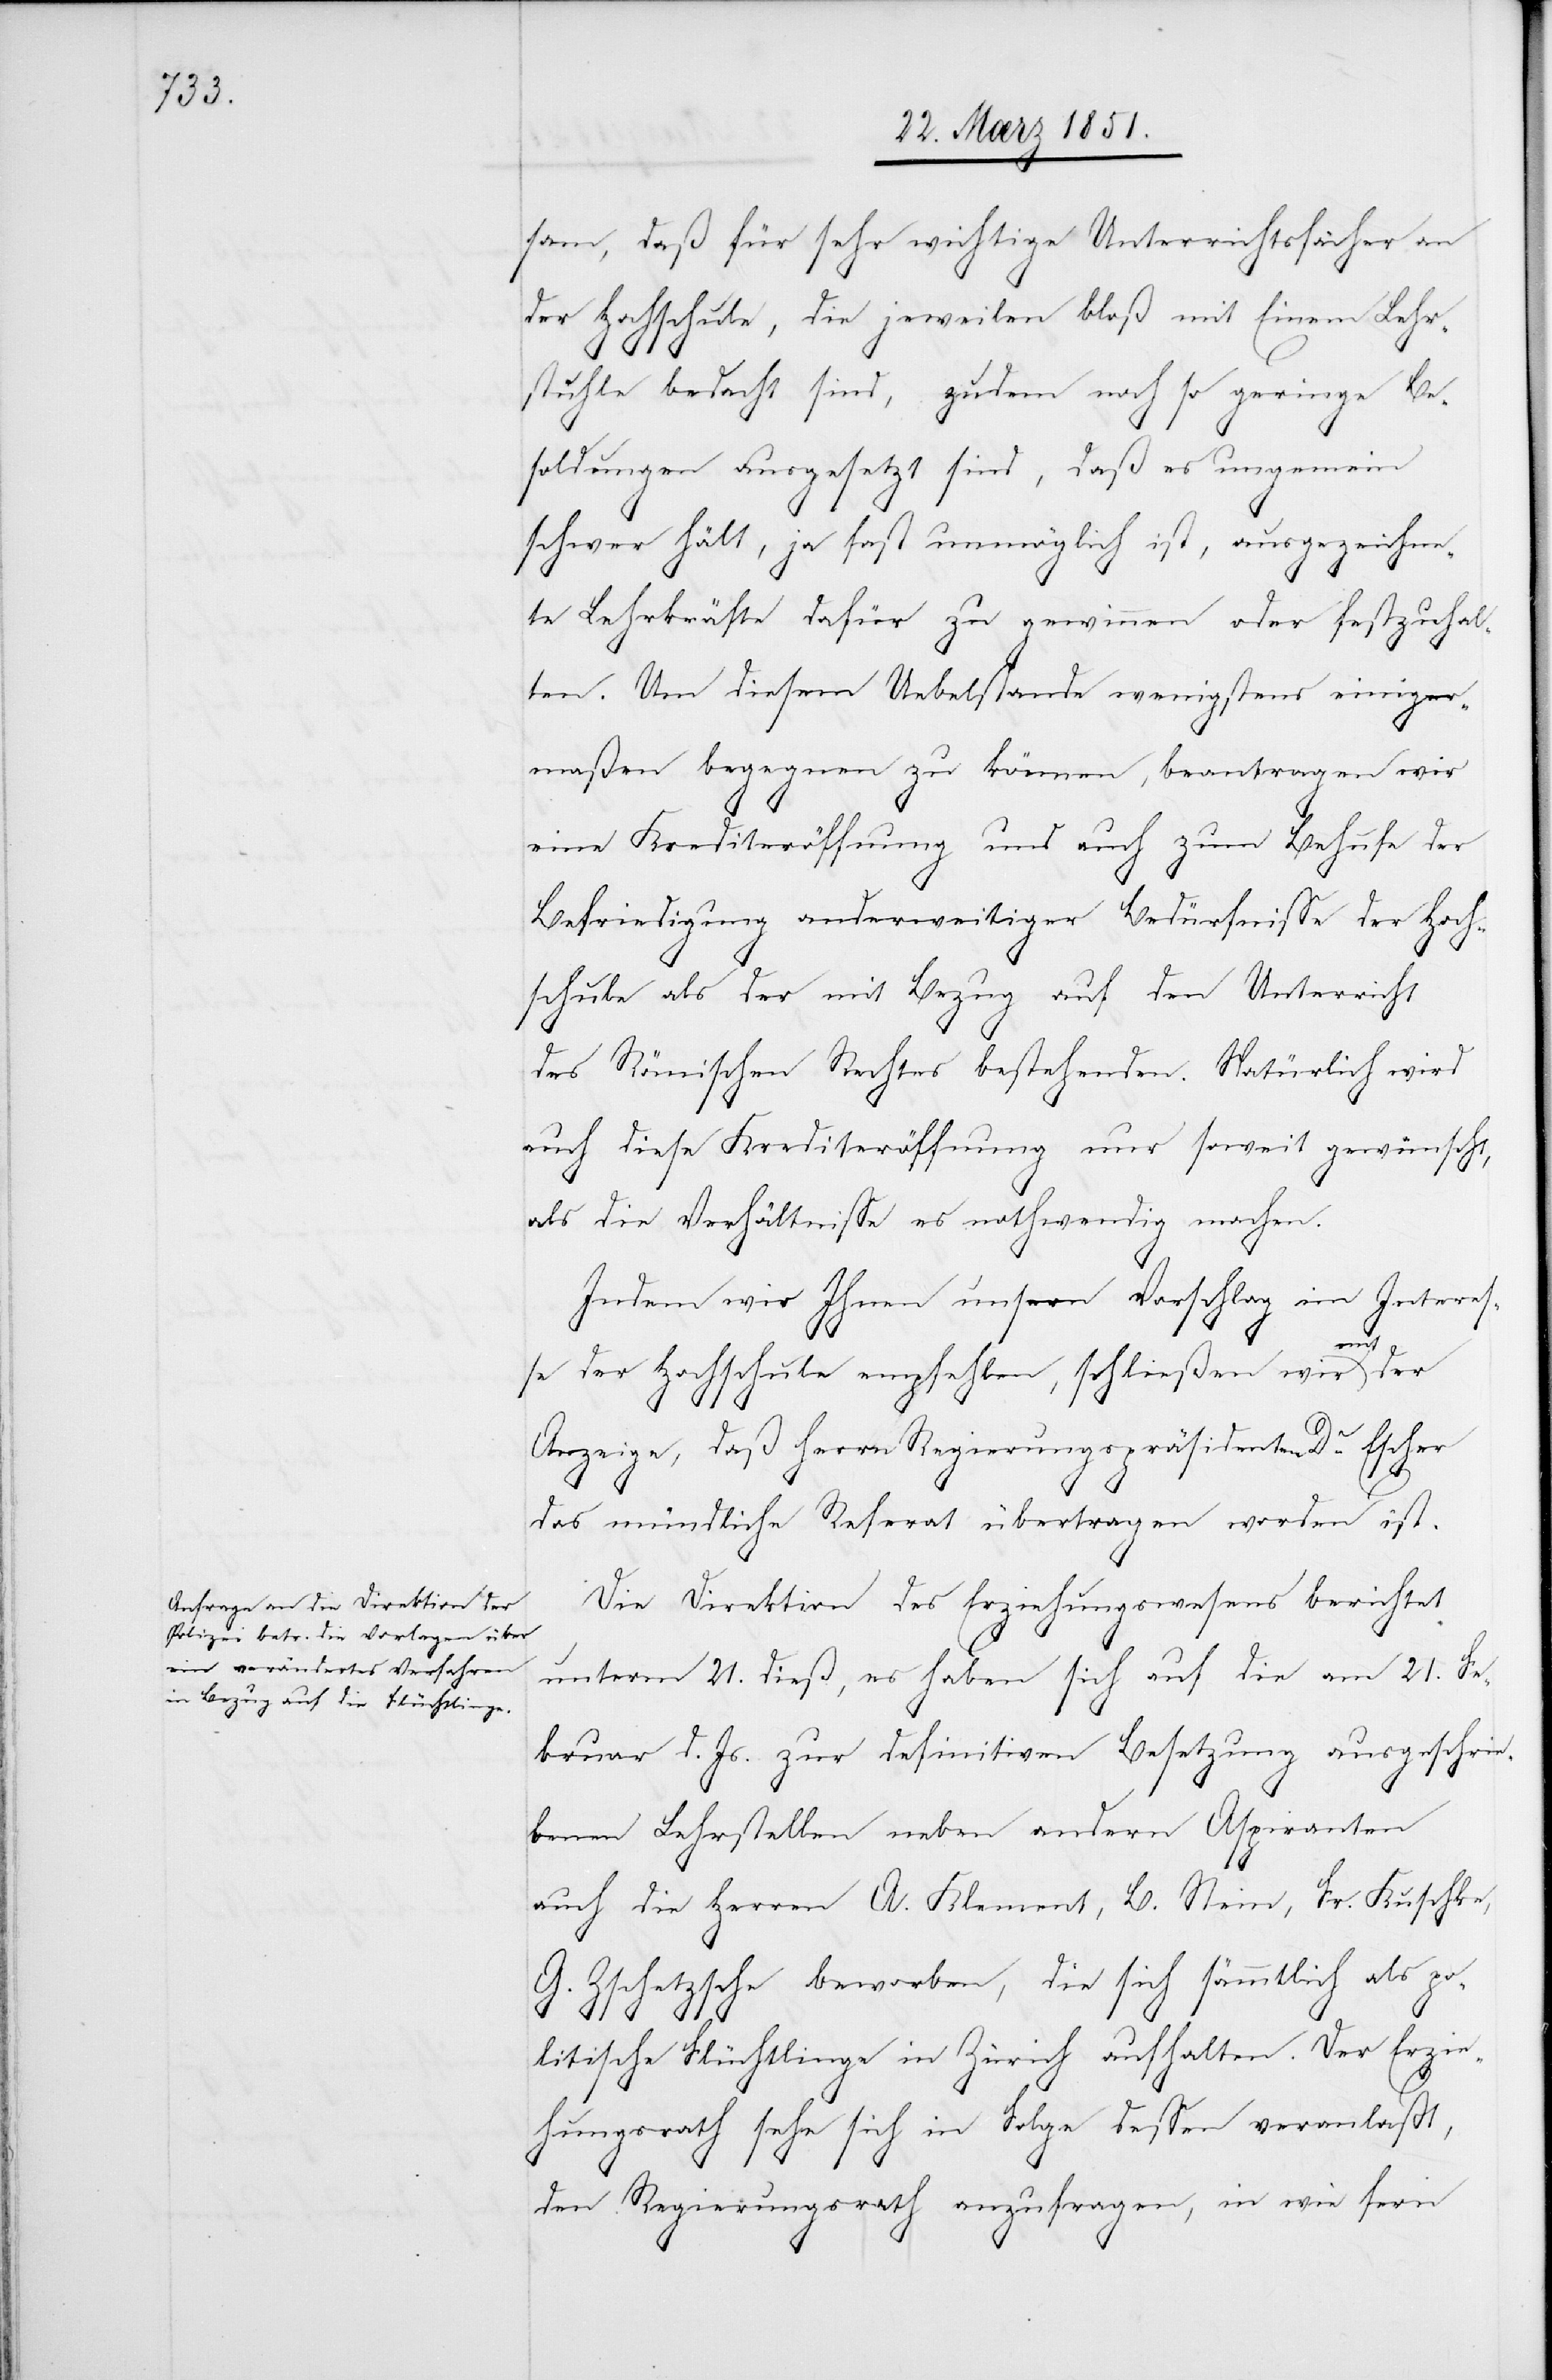
sam, daß für sehr wichtige Unterrichtsfächer an
der Hochschule, die jeweilen bloß mit Einem Lehr¬
stuhle bedacht sind, zudem noch so geringe Be¬
soldungen ausgesetzt sind, daß es ungemein
[recte: fällt], ja fast unmöglich ist, ausgezeichne¬
te Lehrkräfte dafür zu gewinnen oder festzuhal¬
ten. Um diesem Uebelstande wenigstens einiger¬
maßen begegnen zu können, beantragen wir
eine Krediteröffnung und auch zum Behufe der
Befriedigung anderweitiger Bedürfnisse der Hoch¬
schule als der mit Bezug auf den Unterricht
des Römischen Rechtes bestehenden. Natürlich wird
auch diese Krediteröffnung nur soweit gewünscht,
als die Verhältnisse es nothwendig machen.
Indem wir Ihnen unsern Vorschlag im Interes¬
se der Hochschule empfehlen, schließen wir mit der
Anzeige, daß Herrn Regierungspräsidenten Dr. Escher
das mündliche Referat übertragen worden ist.
Die Direktion des Erziehungswesens berichtet
unterm 21. dieß, es haben sich auf die am 21. Fe¬
bruar d. Js. zur definitiven Besetzung ausgeschrie¬
benen Lehrstellen neben andern Aspiranten
auch die Herren A. Klement, B. Stein, Fr. Kuschke,
G. Zschetzsche beworben, die sich sämmtlich als po¬
litische Flüchtlinge in Zürich aufhalten. Der Erzie¬
hungsrath sehe sich in Folge dessen veranlaßt,
den Regierungsrath anzufragen, in wie fern